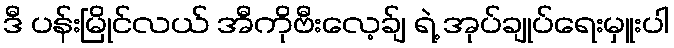
ဒီ ပန်းမြိုင်လယ် အီကိုဗီးလေ့ခ်ျ ရဲ့ အုပ်ချုပ်ရေးမှူးပါ